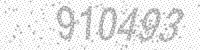
Solution: 910493